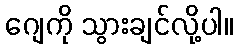
ဂျေကို သွားချင်လို့ပါ။